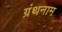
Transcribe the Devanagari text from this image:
ग्रंथनाम